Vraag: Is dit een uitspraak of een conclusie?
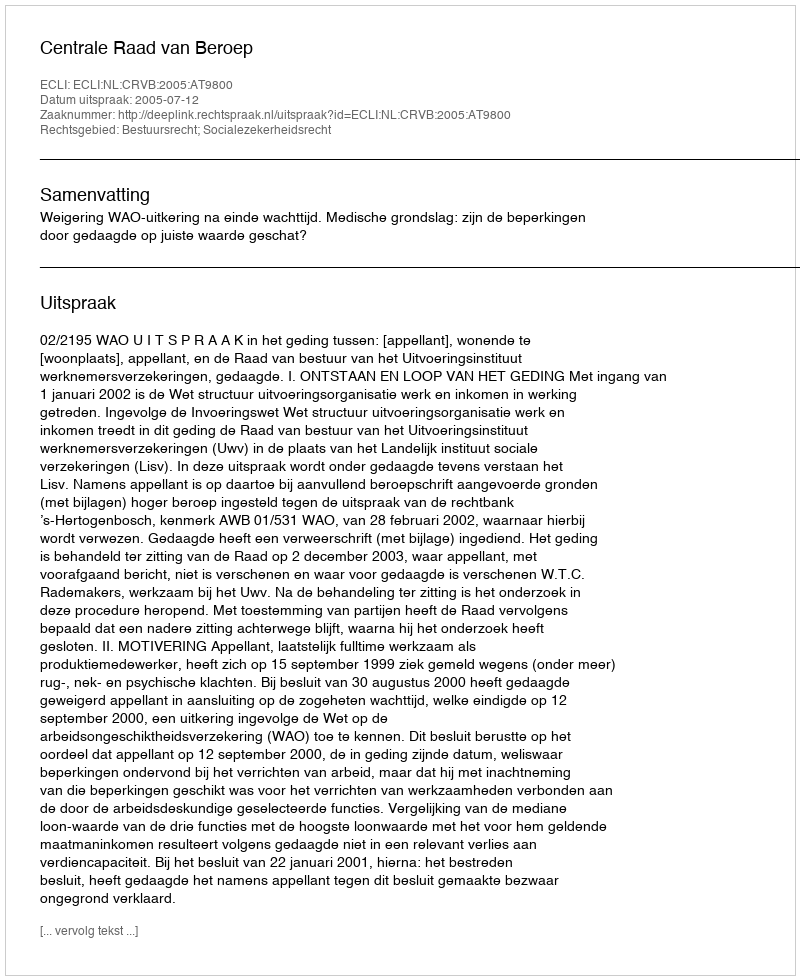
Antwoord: Uitspraak